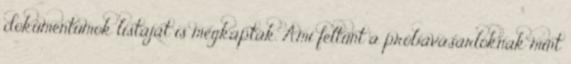
dokumentumok listáját is megkapták. Ami feltűnt a próbavásárlóknak mint